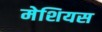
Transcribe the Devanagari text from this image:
मेशियस